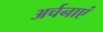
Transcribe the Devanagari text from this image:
अर्चनाएं